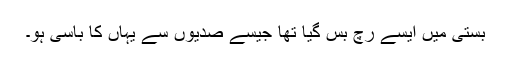
بستی میں ایسے رچ بس گیا تھا جیسے صدیوں سے یہاں کا باسی ہو۔